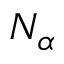
N _ { \alpha }